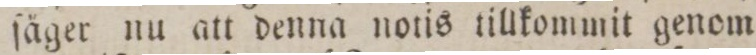
ſäger nu att denna notis tillkommit genom